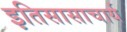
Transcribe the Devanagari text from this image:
इतिसासाचार्य